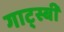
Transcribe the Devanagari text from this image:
गाट्स्बी